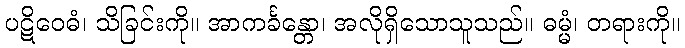
ပဋိဝေဓံ၊ သိခြင်းကို။ အာကင်္ခန္တော၊ အလိုရှိသောသူသည်။ ဓမ္မံ၊ တရားကို။